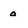
Character: a